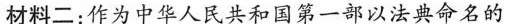
材料二:作为中华人民共和国第一部以法典命名的